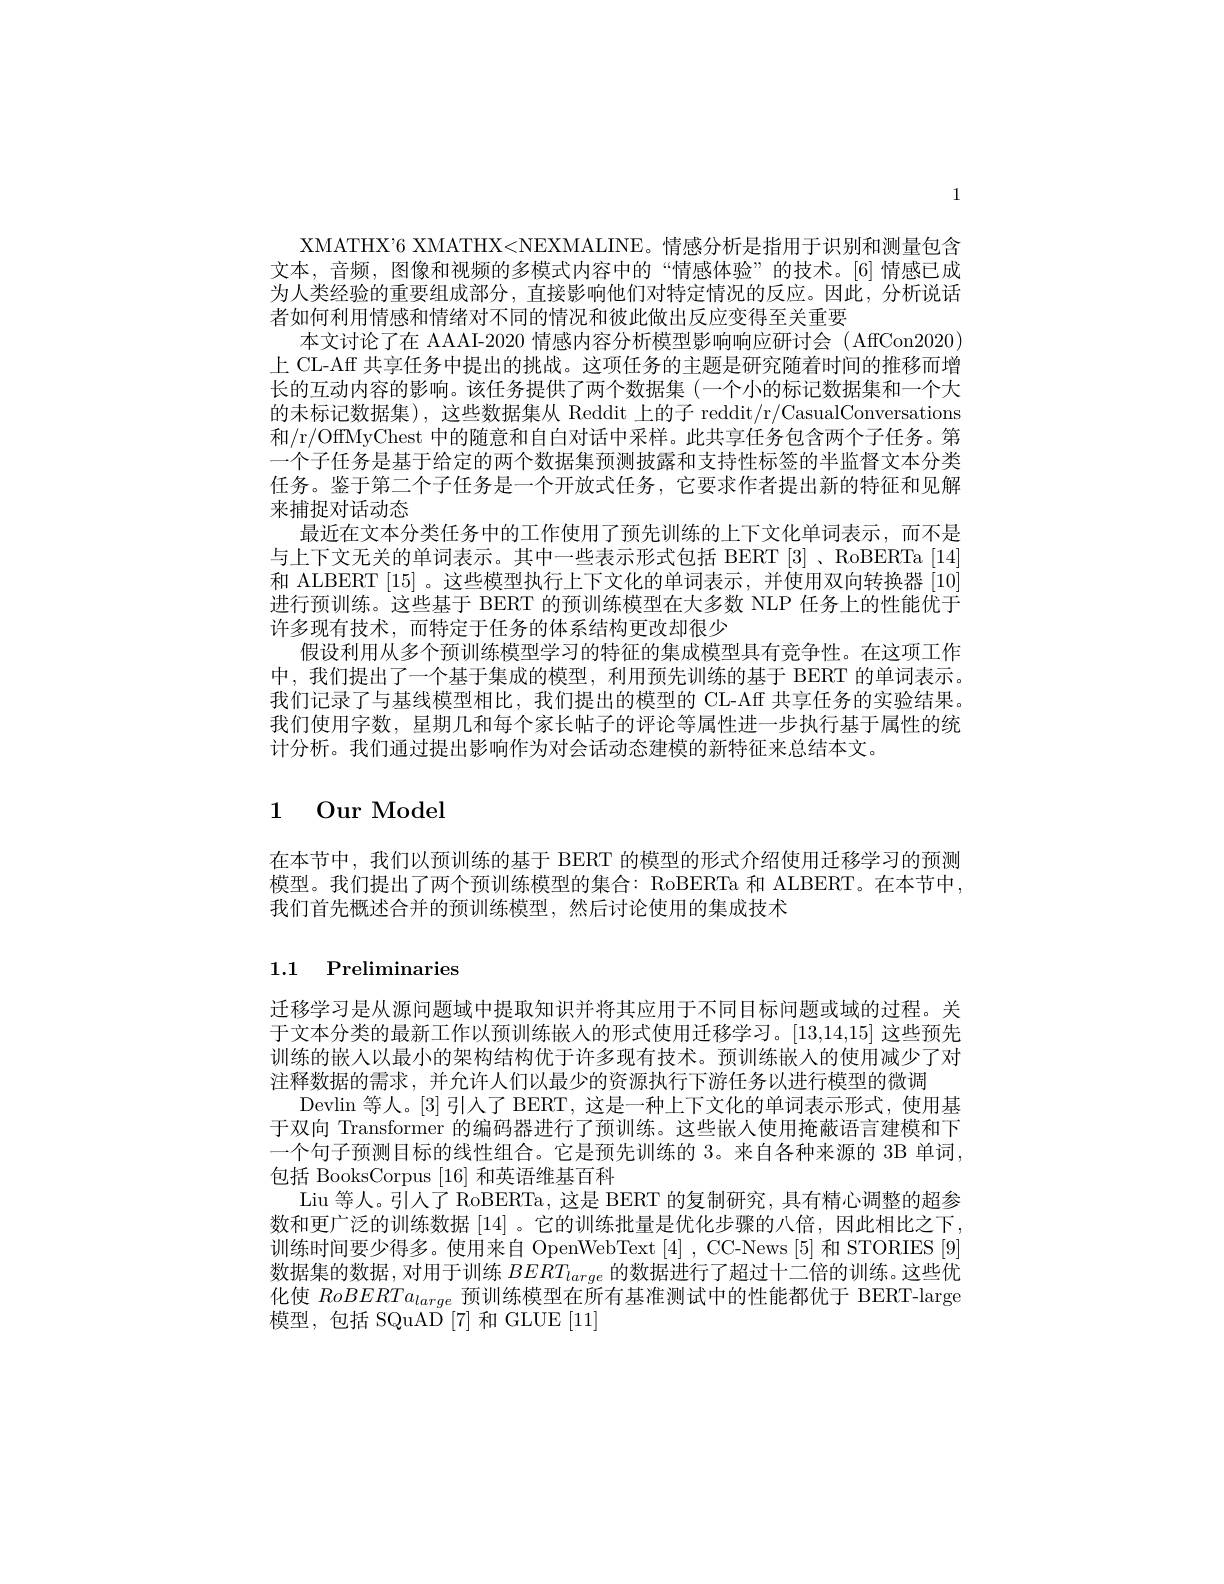
1

XMATHX’6 XMATHX<NEXMALINE。情感分析是指用于识别和测量包含文本，音频，图像和视频的多模式内容中的“情感体验”的技术。[6] 情感已成为人类经验的重要组成部分，直接影响他们对特定情况的反应。因此，分析说话者如何利用情感和情绪对不同的情况和彼此做出反应变得至关重要
本文讨论了在 AAAI-2020 情感内容分析模型影响响应研讨会 ( AffCon2020) 上 CL-Aff 共享任务中提出的挑战。这项任务的主题是研究随着时间的推移而增长的互动内容的影响。该任务提供了两个数据集(一个小的标记数据集和一个大的未标记数据集),这些数据集从 Reddit 上的子 reddit/r/CasualConversations 和/r/OffMyChest 中的随意和自白对话中采样。此共享任务包含两个子任务。第一个子任务是基于给定的两个数据集预测披露和支持性标签的半监督文本分类任务。鉴于第二个子任务是一个开放式任务，它要求作者提出新的特征和见解来捕捉对话动态
最近在文本分类任务中的工作使用了预先训练的上下文化单词表示，而不是与上下文无关的单词表示。其中一些表示形式包括 BERT [3] , RoBERTa [ 14] 和 ALBERT [15]。这些模型执行上下文化的单词表示，并使用双向转换器[10] 进行预训练。这些基于 BERT 的预训练模型在大多数 NLP 任务上的性能优于许多现有技术，而特定于任务的体系结构更改却很少
假设利用从多个预训练模型学习的特征的集成模型具有竞争性。在这项工作中，我们提出了一个基于集成的模型，利用预先训练的基于 BERT 的单词表示。我们记录了与基线模型相比，我们提出的模型的 CL-Aff 共享任务的实验结果。我们使用字数，星期几和每个家长帖子的评论等属性进一步执行基于属性的统计分析。我们通过提出影响作为对会话动态建模的新特征来总结本文。

# 1 Our Model

在本节中，我们以预训练的基于 BERT 的模型的形式介绍使用迁移学习的预测模型。我们提出了两个预训练模型的集合：RoBERTa 和 ALBERT。在本节中， 我们首先概述合并的预训练模型，然后讨论使用的集成技术

# 1.1 Preliminaries

迁移学习是从源问题域中提取知识并将其应用于不同目标问题或域的过程。关于文本分类的最新工作以预训练嵌人的形式使用迁移学习。[13,14,15]这些预先训练的嵌人以最小的架构结构优于许多现有技术。预训练嵌人的使用减少了对注释数据的需求，并允许人们以最少的资源执行下游任务以进行模型的微调
Devlin 等人。[3] 引入了 BERT, 这是一种上下文化的单词表示形式，使用基于双向 Transformer 的编码器进行了预训练。这些嵌入使用掩蔽语言建模和下一个句子预测目标的线性组合。它是预先训练的 3。来自各种来源的 3B 单词， 包括 BooksCorpus [16]和英语维基百科
Liu 等人。引人了 RoBERTa, 这是 BERT 的复制研究，具有精心调整的超参数和更广泛的训练数据[14] 。它的训练批量是优化步骤的八倍，因此相比之下， 训练时间要少得多。使用来自 OpenWebText[4] , CC-News[5] 和 STORIES[9] 数据集的数据，对用于训练$BERT_{large}$的数据进行了超过十二倍的训练。这些优化使$RoBERTa_{large}$预训练模型在所有基准测试中的性能都优于 BERT-large 模型，包括 SQuAD [7] 和 GLUE [11]